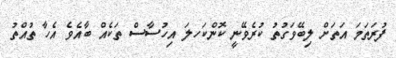
ފުރަތަމަ އަތަށް ލިބޭވަގުތު ކުރެވޭނީ ކޮންކަހލަ އިހުސާސް ތަކެއް ބާއެވެ އެހާ ތުއްތު